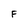
Character: F